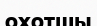
охотшы